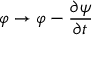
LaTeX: \varphi \rightarrow \varphi - { \frac { \partial { \psi } } { \partial t } }